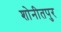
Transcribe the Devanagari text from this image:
शोनीतपुर